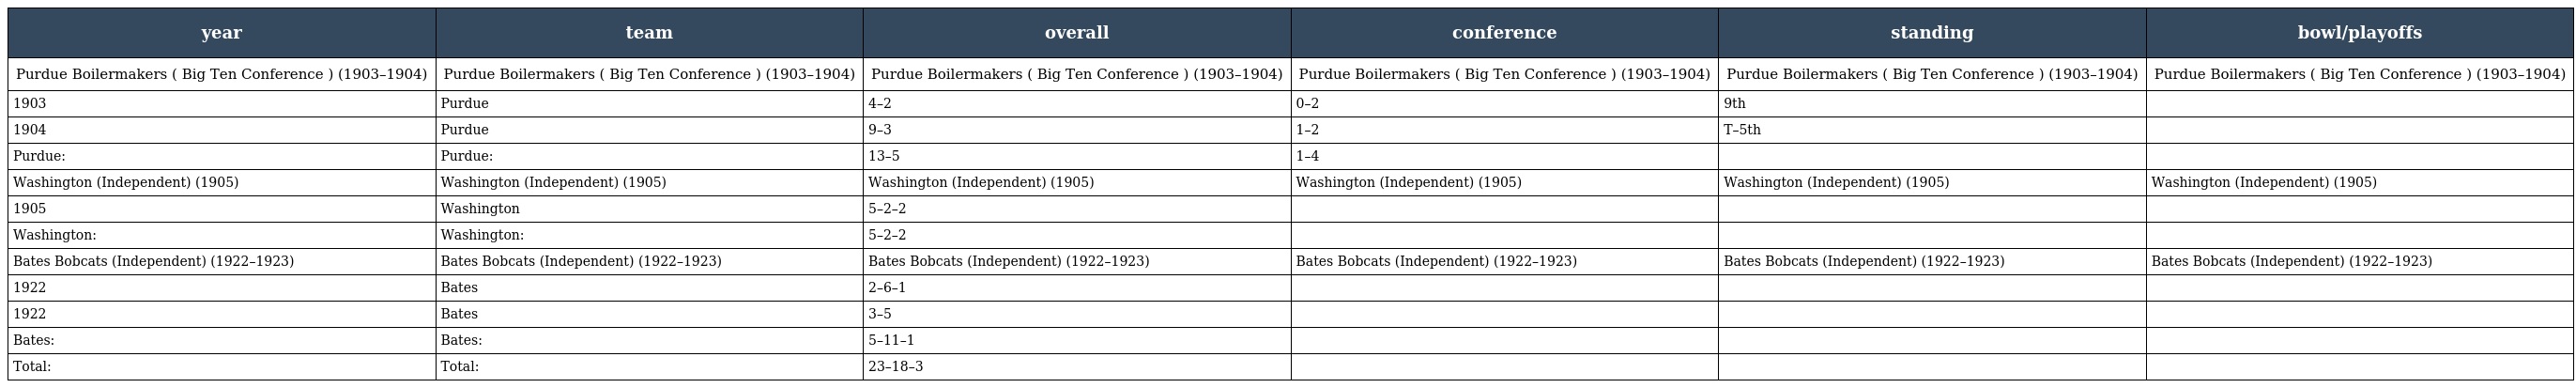
| year | team | overall | conference | standing | bowl/playoffs |
 | --- | --- | --- | --- | --- | --- |
 | Purdue Boilermakers ( Big Ten Conference ) (1903–1904) | Purdue Boilermakers ( Big Ten Conference ) (1903–1904) | Purdue Boilermakers ( Big Ten Conference ) (1903–1904) | Purdue Boilermakers ( Big Ten Conference ) (1903–1904) | Purdue Boilermakers ( Big Ten Conference ) (1903–1904) | Purdue Boilermakers ( Big Ten Conference ) (1903–1904) |
 | 1903 | Purdue | 4–2 | 0–2 | 9th |  |
 | 1904 | Purdue | 9–3 | 1–2 | T–5th |  |
 | Purdue: | Purdue: | 13–5 | 1–4 |  |  |
 | Washington (Independent) (1905) | Washington (Independent) (1905) | Washington (Independent) (1905) | Washington (Independent) (1905) | Washington (Independent) (1905) | Washington (Independent) (1905) |
 | 1905 | Washington | 5–2–2 |  |  |  |
 | Washington: | Washington: | 5–2–2 |  |  |  |
 | Bates Bobcats (Independent) (1922–1923) | Bates Bobcats (Independent) (1922–1923) | Bates Bobcats (Independent) (1922–1923) | Bates Bobcats (Independent) (1922–1923) | Bates Bobcats (Independent) (1922–1923) | Bates Bobcats (Independent) (1922–1923) |
 | 1922 | Bates | 2–6–1 |  |  |  |
 | 1922 | Bates | 3–5 |  |  |  |
 | Bates: | Bates: | 5–11–1 |  |  |  |
 | Total: | Total: | 23–18–3 |  |  |  |